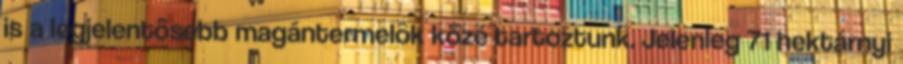
is a legjelentôsebb magántermelôk közé tartoztunk. Jelenleg 71 hektárnyi